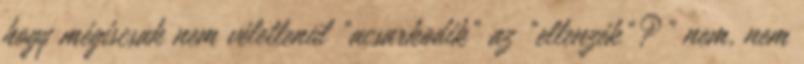
hogy mégiscsak nem véletlenül "acsarkodik" az "ellenzék"?" nem, nem